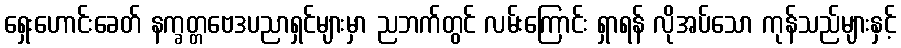
ရှေးဟောင်းခေတ် နက္ခတ္တဗေဒပညာရှင်များမှာ ညဘက်တွင် လမ်းကြောင်း ရှာရန် လိုအပ်သော ကုန်သည်များနှင့်